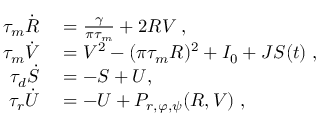
\begin{array} { r l } { \tau _ { m } \dot { R } } & { { } = \frac { \gamma } { \pi \tau _ { m } } + 2 R V \; , } \\ { \tau _ { m } \dot { V } } & { { } = V ^ { 2 } - ( \pi \tau _ { m } R ) ^ { 2 } + I _ { 0 } + J S ( t ) \; , } \\ { \tau _ { d } \dot { S } } & { { } = - S + U , \; } \\ { \tau _ { r } \dot { U } } & { { } = - U + P _ { r , \varphi , \psi } ( R , V ) \; , } \end{array}